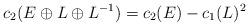
LaTeX: \begin{align*}c_2(E\oplus L\oplus L^{-1}) = c_2(E)-c_1(L)^2\end{align*}